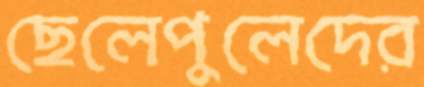
ছেলেপুলেদের